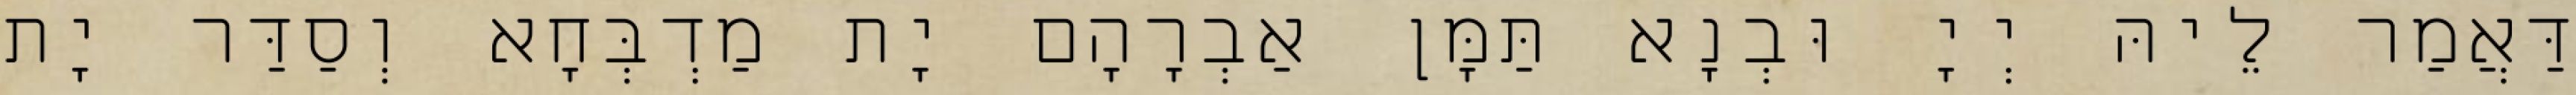
דַּאֲמַר לֵיהּ יְיָ וּבְנָא תַּמָּן אַבְרָהָם יָת מַדְבְּחָא וְסַדַּר יָת